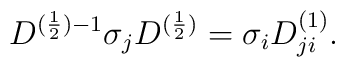
D^{(\frac{1}{2})-1}{\sigma}_jD^{(\frac{1}{2})}={\sigma}_iD^{(1)}_{ji}.